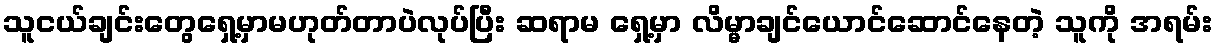
သူငယ်ချင်းတွေရှေ့မှာမဟုတ်တာပဲလုပ်ပြီး ဆရာမ ရှေ့မှာ လိမ္မာချင်ယောင်ဆောင်နေတဲ့ သူကို အရမ်း